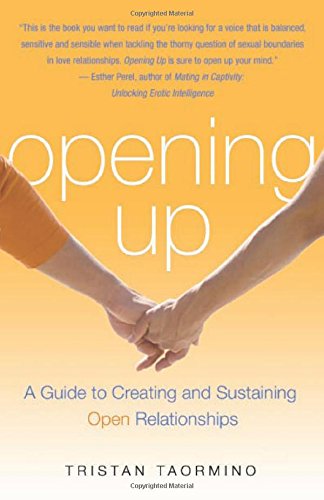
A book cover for Opening Up: A Guide to Creating and Sustaining Open Relationships; Tristan Taormino; Self-Help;